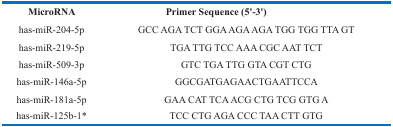
<table><thead><tr><td><b>MicroRNA</b></td><td><b>Primer Sequence (52-32)</b></td></tr></thead><tbody><tr><td>has-miR-204-5p</td><td>GCC AGA TCT GGA AGA AGA TGG TGG TTA GT</td></tr><tr><td>has-miR-219-5p</td><td>TGA TTG TCC AAA CGC AAT TCT</td></tr><tr><td>has-miR-509-3p</td><td>GTC TGA TTG GTA CGT CTG</td></tr><tr><td>has-miR-146a-5p</td><td>GGCGATGAGAACTGAATTCCA</td></tr><tr><td>has-miR-181a-5p</td><td>GAA CAT TCA ACG CTG TCG GTG A</td></tr><tr><td>has-miR-125b-1*</td><td>TCC CTG AGA CCC TAA CTT GTG</td></tr></tbody></table>